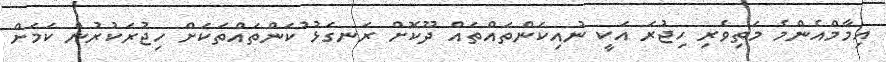
އިމާމްއެންމެ މަތިވެރި ހިޖުރަ އަކީ ނުއިކަންތައްތައް ދޫކޮށް ރަނގަޅު ުކަންތައްތަކަށް ހިޖުރަކުރުން ކަމަށް